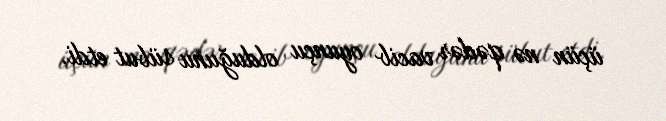
üçün nə qədər vacib oyunçu olduğunu sübut etdi.